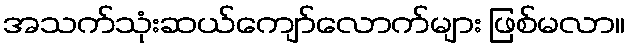
အသက်သုံးဆယ်ကျော်လောက်များ ဖြစ်မလာ။